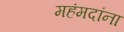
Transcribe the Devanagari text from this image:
महंमदांना